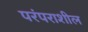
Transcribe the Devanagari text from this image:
परंपराशील